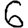
Digit: 6